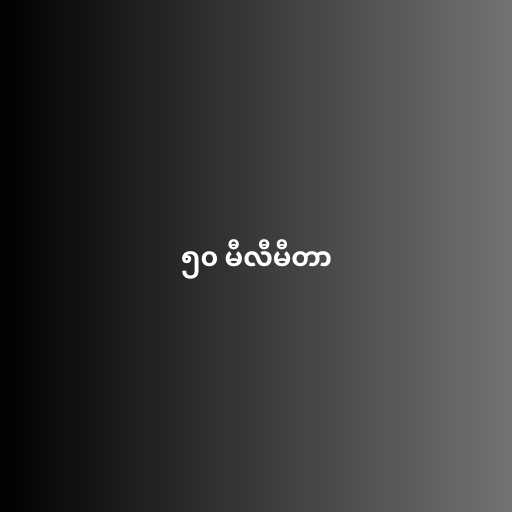
၅၀ မီလီမီတာ